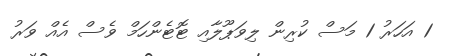
1 އަހަރު 1 މަސް ކުރިން ލިވަޕޫލާއި ޓޮޓެންހަމް ވެސް އެއް ވަރު